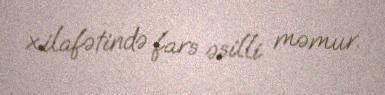
xilafətində fars əsilli məmur.